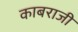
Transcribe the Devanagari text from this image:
काबराजी